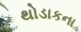
થોડાકના